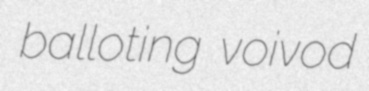
balloting voivod